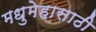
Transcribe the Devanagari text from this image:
मधुमेहासाठी